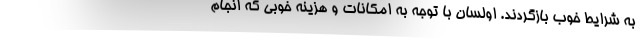
به شرایط خوب بازگردند. اولسان با توجه به امکانات و هزینه خوبی که انجام